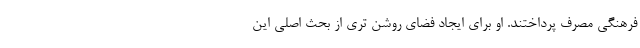
فرهنگی مصرف پرداختند. او برای ایجاد فضای روشن تری از بحث اصلی این